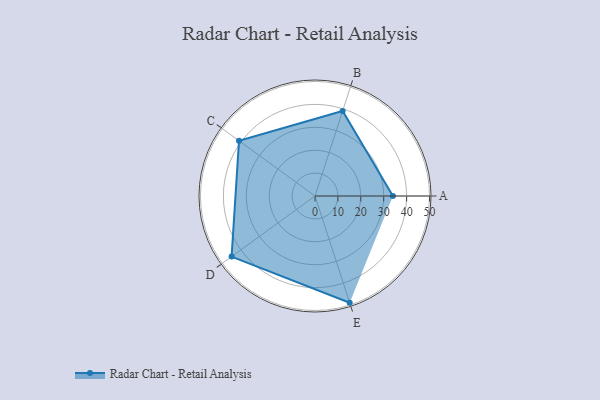
{"axis": {"x": "Skill", "y": "Score"}, "legend": ["Profile"], "data": [{"x": "A", "y": 34.0, "type": "Profile"}, {"x": "B", "y": 39.0, "type": "Profile"}, {"x": "C", "y": 41.0, "type": "Profile"}, {"x": "D", "y": 45.0, "type": "Profile"}, {"x": "E", "y": 49.0, "type": "Profile"}]}